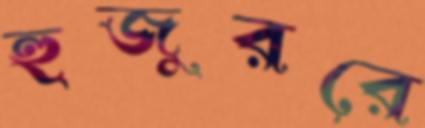
হুজুররে